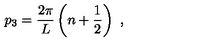
p _ { 3 } = \frac { 2 \pi } { L } \left( n + \frac { 1 } { 2 } \right) \ ,